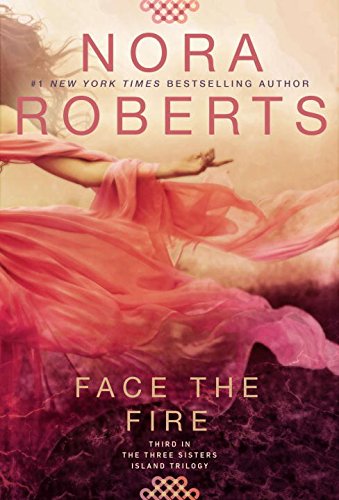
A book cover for Face the Fire: Three Sisters Island Trilogy; Nora Roberts; Romance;